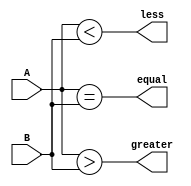
module comparator (
    input [7:0] A,
    input [7:0] B,
    output equal,
    output greater,
    output less
);

assign equal = (A == B);
assign greater = (A > B);
assign less = (A < B);

endmodule